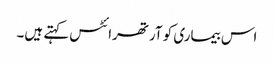
اس بیماری کو آرتھرائٹس کہتے ہیں۔